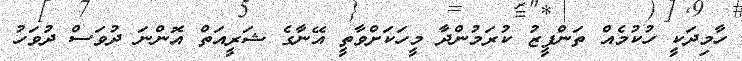
ހާމިދަކީ ހުކުމެއް ތަންފީޒު ކުރަމުންދާ މީހަކަށްވާތީ އޭނާގެ ޝަރީއަތް އޮންނަ ދުވަސް ދުވަހު